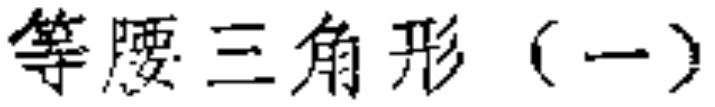
等腰三角形（一）